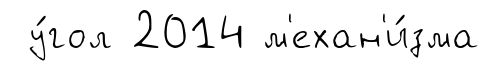
у́гол 2014 м'ехан'и́зма